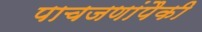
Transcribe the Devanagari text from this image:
पाचजणांपैकी